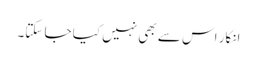
انکار اس سے بھی نہیں کیا جا سکتا۔